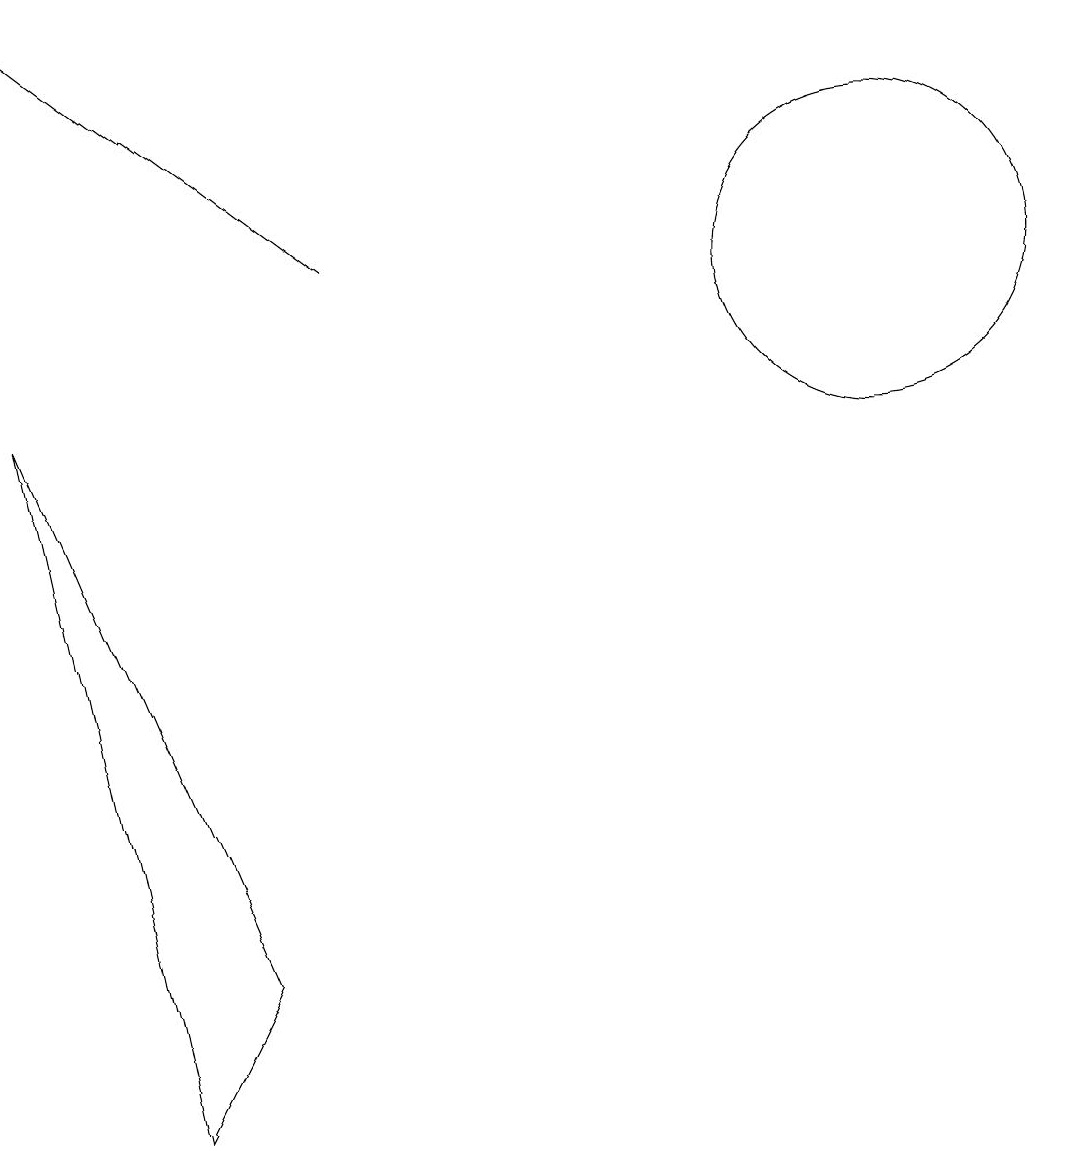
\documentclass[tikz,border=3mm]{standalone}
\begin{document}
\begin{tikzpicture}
\draw[->] (4,11) -- (0,14);
\draw (3,2) -- (2,0) -- (0,9) -- cycle;
\draw (11,11) circle (2);
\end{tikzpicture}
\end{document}